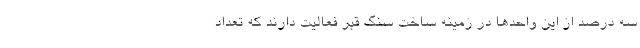
سه درصد از این واحدها در زمینه ساخت سنگ قبر فعالیت دارند که تعداد